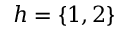
h = \lbrace 1 , 2 \rbrace